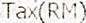
TAX(RM)